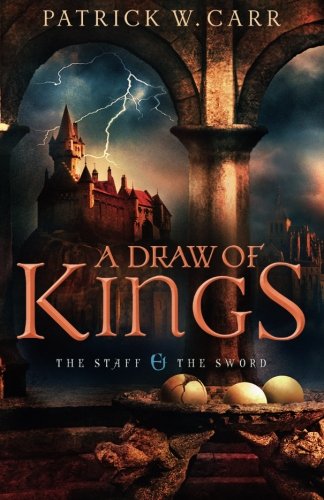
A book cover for A Draw of Kings (The Staff and the Sword) (Volume 3); Patrick W. Carr; Christian Books & Bibles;